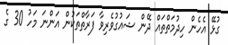
ގުޅޭ އެހެން ހިދުމަތްތައް ދޭން ޝައުގުވެރިވާ ފަރާތްތަކުން އަންނަ މަހު 30 ގެ